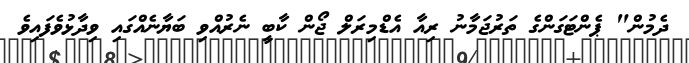
ދެމުން" ޕެންޓަގަންގެ ތަރުޖަމާނު ރިއާ އެޑްމިރަލް ޖޯން ކާބީ ނެރުއްވި ބަޔާނެއްގައި ވިދާޅުވެފައިވެ